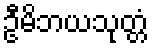
ဦမိဘယသုတ္တံ